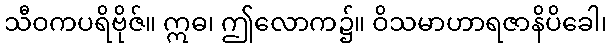
သီဝကပရိဗိုဇ်။ ဣဓ၊ ဤလောက၌။ ဝိသမာဟာရဇာနိပိခေါ၊